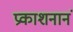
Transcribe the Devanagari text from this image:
प्रकाशनानं